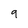
Character: 9